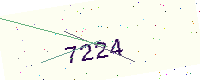
Text: 7224